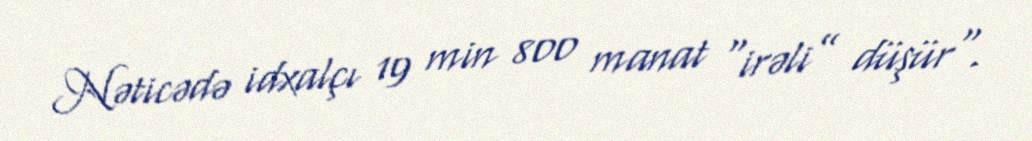
Nəticədə idxalçı 19 min 800 manat “irəli” düşür".